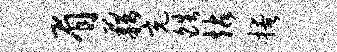
眉藉充皓站掩